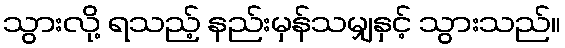
သွားလို့ ရသည့် နည်းမှန်သမျှနှင့် သွားသည်။